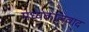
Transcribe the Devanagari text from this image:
मध्यकालवाद